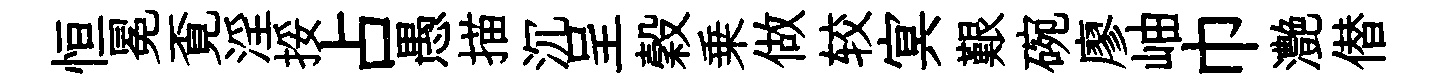
恒冕覔淫挼占愚描沉呈穀乗做较㝠艱碗廖岫巾灔僣